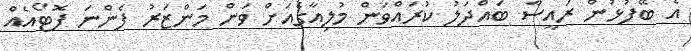
އެ ބޭފުޅުން ރައީސާ ބައްދަލު ކުރައްވަން މުލިއާގެއަށް ވަން މަންޒަރު ފެންނަ ފޮޓޯއެއް